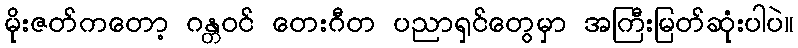
မိုးဇတ်ကတော့ ဂန္တဝင် တေးဂီတ ပညာရှင်တွေမှာ အကြီးမြတ်ဆုံးပါပဲ။